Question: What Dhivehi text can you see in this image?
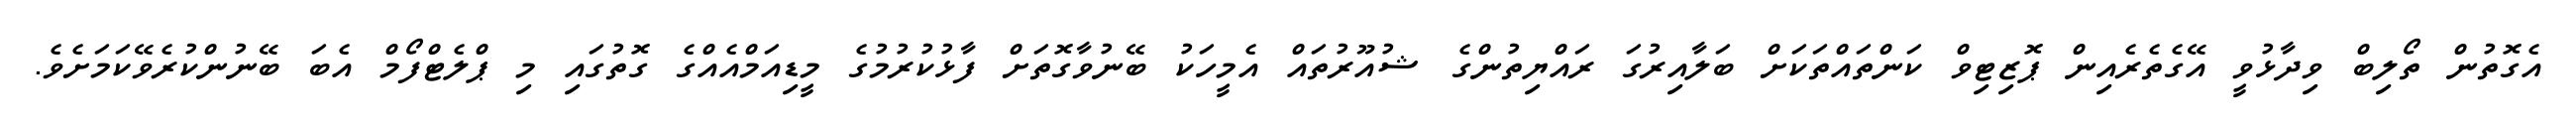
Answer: އެގޮތުން ތޯލިބް ވިދާޅުވީ އޭގެތެރެއިން ޕޮޒިޓިވް ކަންތައްތަކަށް ބަލާއިރުގަ ރައްޔިތުންގެ ޝުއޫރުތައް އެމީހަކު ބޭނުވާގޮތަށް ފާޅުކުރުމުގެ މީޑިއަމްއެއްގެ ގޮތުގައި މި ޕްލެޓްފޯމް އެބަ ބޭނުންކުރެވޭކަމަށެވެ.